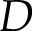
D